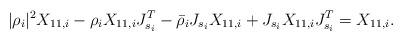
LaTeX: \begin{align*} |\rho_i|^2 X_{11,i} - \rho_i X_{11,i} J_{s_i}^T - \bar\rho_i J_{s_i} X_{11,i} + J_{s_i}X_{11,i} J_{s_i}^T = X_{11,i}.\end{align*}